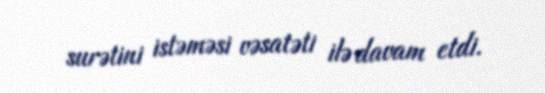
surətini istəməsi vəsatəti ilə davam etdi.